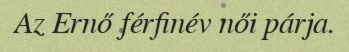
Az Ernő férfinév női párja.